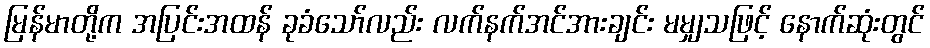
မြန်မာတို့က အပြင်းအထန် ခုခံသော်လည်း လက်နက်အင်အားချင်း မမျှသဖြင့် နောက်ဆုံးတွင်